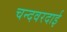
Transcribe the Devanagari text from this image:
चन्दवरदाई